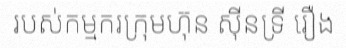
របស់កម្មករក្រុមហ៊ុន ស៊ីនទ្រី រឿង